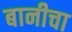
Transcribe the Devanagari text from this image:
बानीचा